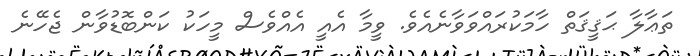
ތަޢާލާ ޙަޤީޤަތް ހާމަކުރައްވަވާނެއެވެ. ވީމާ އެއީ އެއްވެސް މީހަކު ކަންބޮޑުވާން ޖެހޭނެ